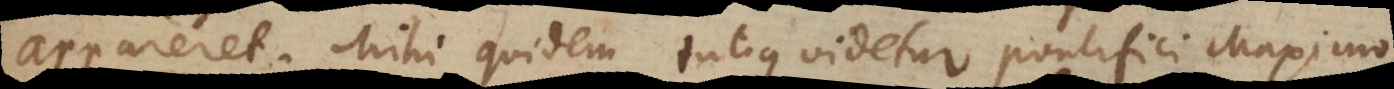
appareret. Mihi quidem tutius videtur pontifici maximo